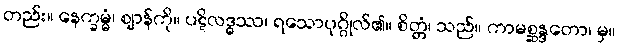
တည်း။ နေက္ခမ္မံ၊ ဈာန်ကို။ ပဋိလဒ္ဓဿ၊ ရသောပုဂ္ဂိုလ်၏။ စိတ္တံ၊ သည်။ ကာမစ္ဆန္ဒတော၊ မှ။